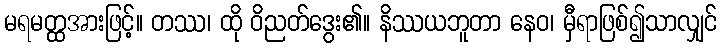
မရမတ္ထအားဖြင့်။ တဿ၊ ထို ဝိညတ်ဒွေး၏။ နိဿယဘူတာ နေဝ၊ မှီရာဖြစ်၍သာလျှင်